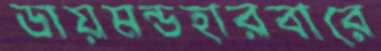
ডায়মন্ডহারবারে